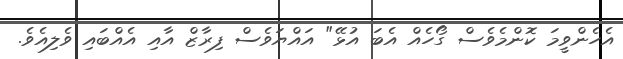
އެހެންވީމަ ކޮންމެވެސް ގޯހެއް އެބަ އުޅޭ" އައްޔަވެސް ފިރާޒް އާއި އެއްބައި ވެލިއެވެ.